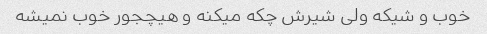
خوب و شیکه ولی شیرش چکه میکنه و هیچجور خوب نمیشه